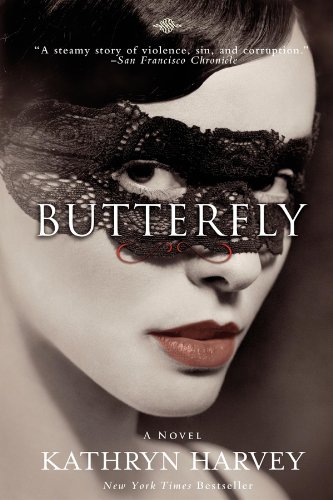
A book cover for Butterfly; Kathryn Harvey; Romance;